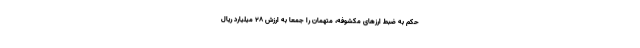
حکم به ضبط ارز‌های مکشوفه، متهمان را جمعا به ارزش ۲۸ میلیارد ریال